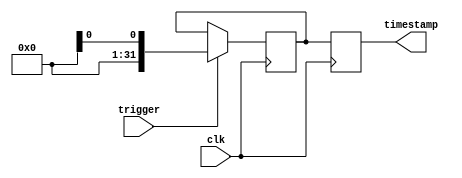
module timestamping_timer(
    input wire clk,
    input wire trigger,
    output reg [31:0] timestamp
);

reg [31:0] system_time;

always @(posedge clk) begin
    if(trigger) begin
        system_time <= $time;
    end
end

always @(posedge clk) begin
    timestamp <= system_time;
end

endmodule